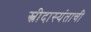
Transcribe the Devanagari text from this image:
स्त्रीदास्यंताची